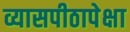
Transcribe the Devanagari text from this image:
व्यासपीठापेक्षा